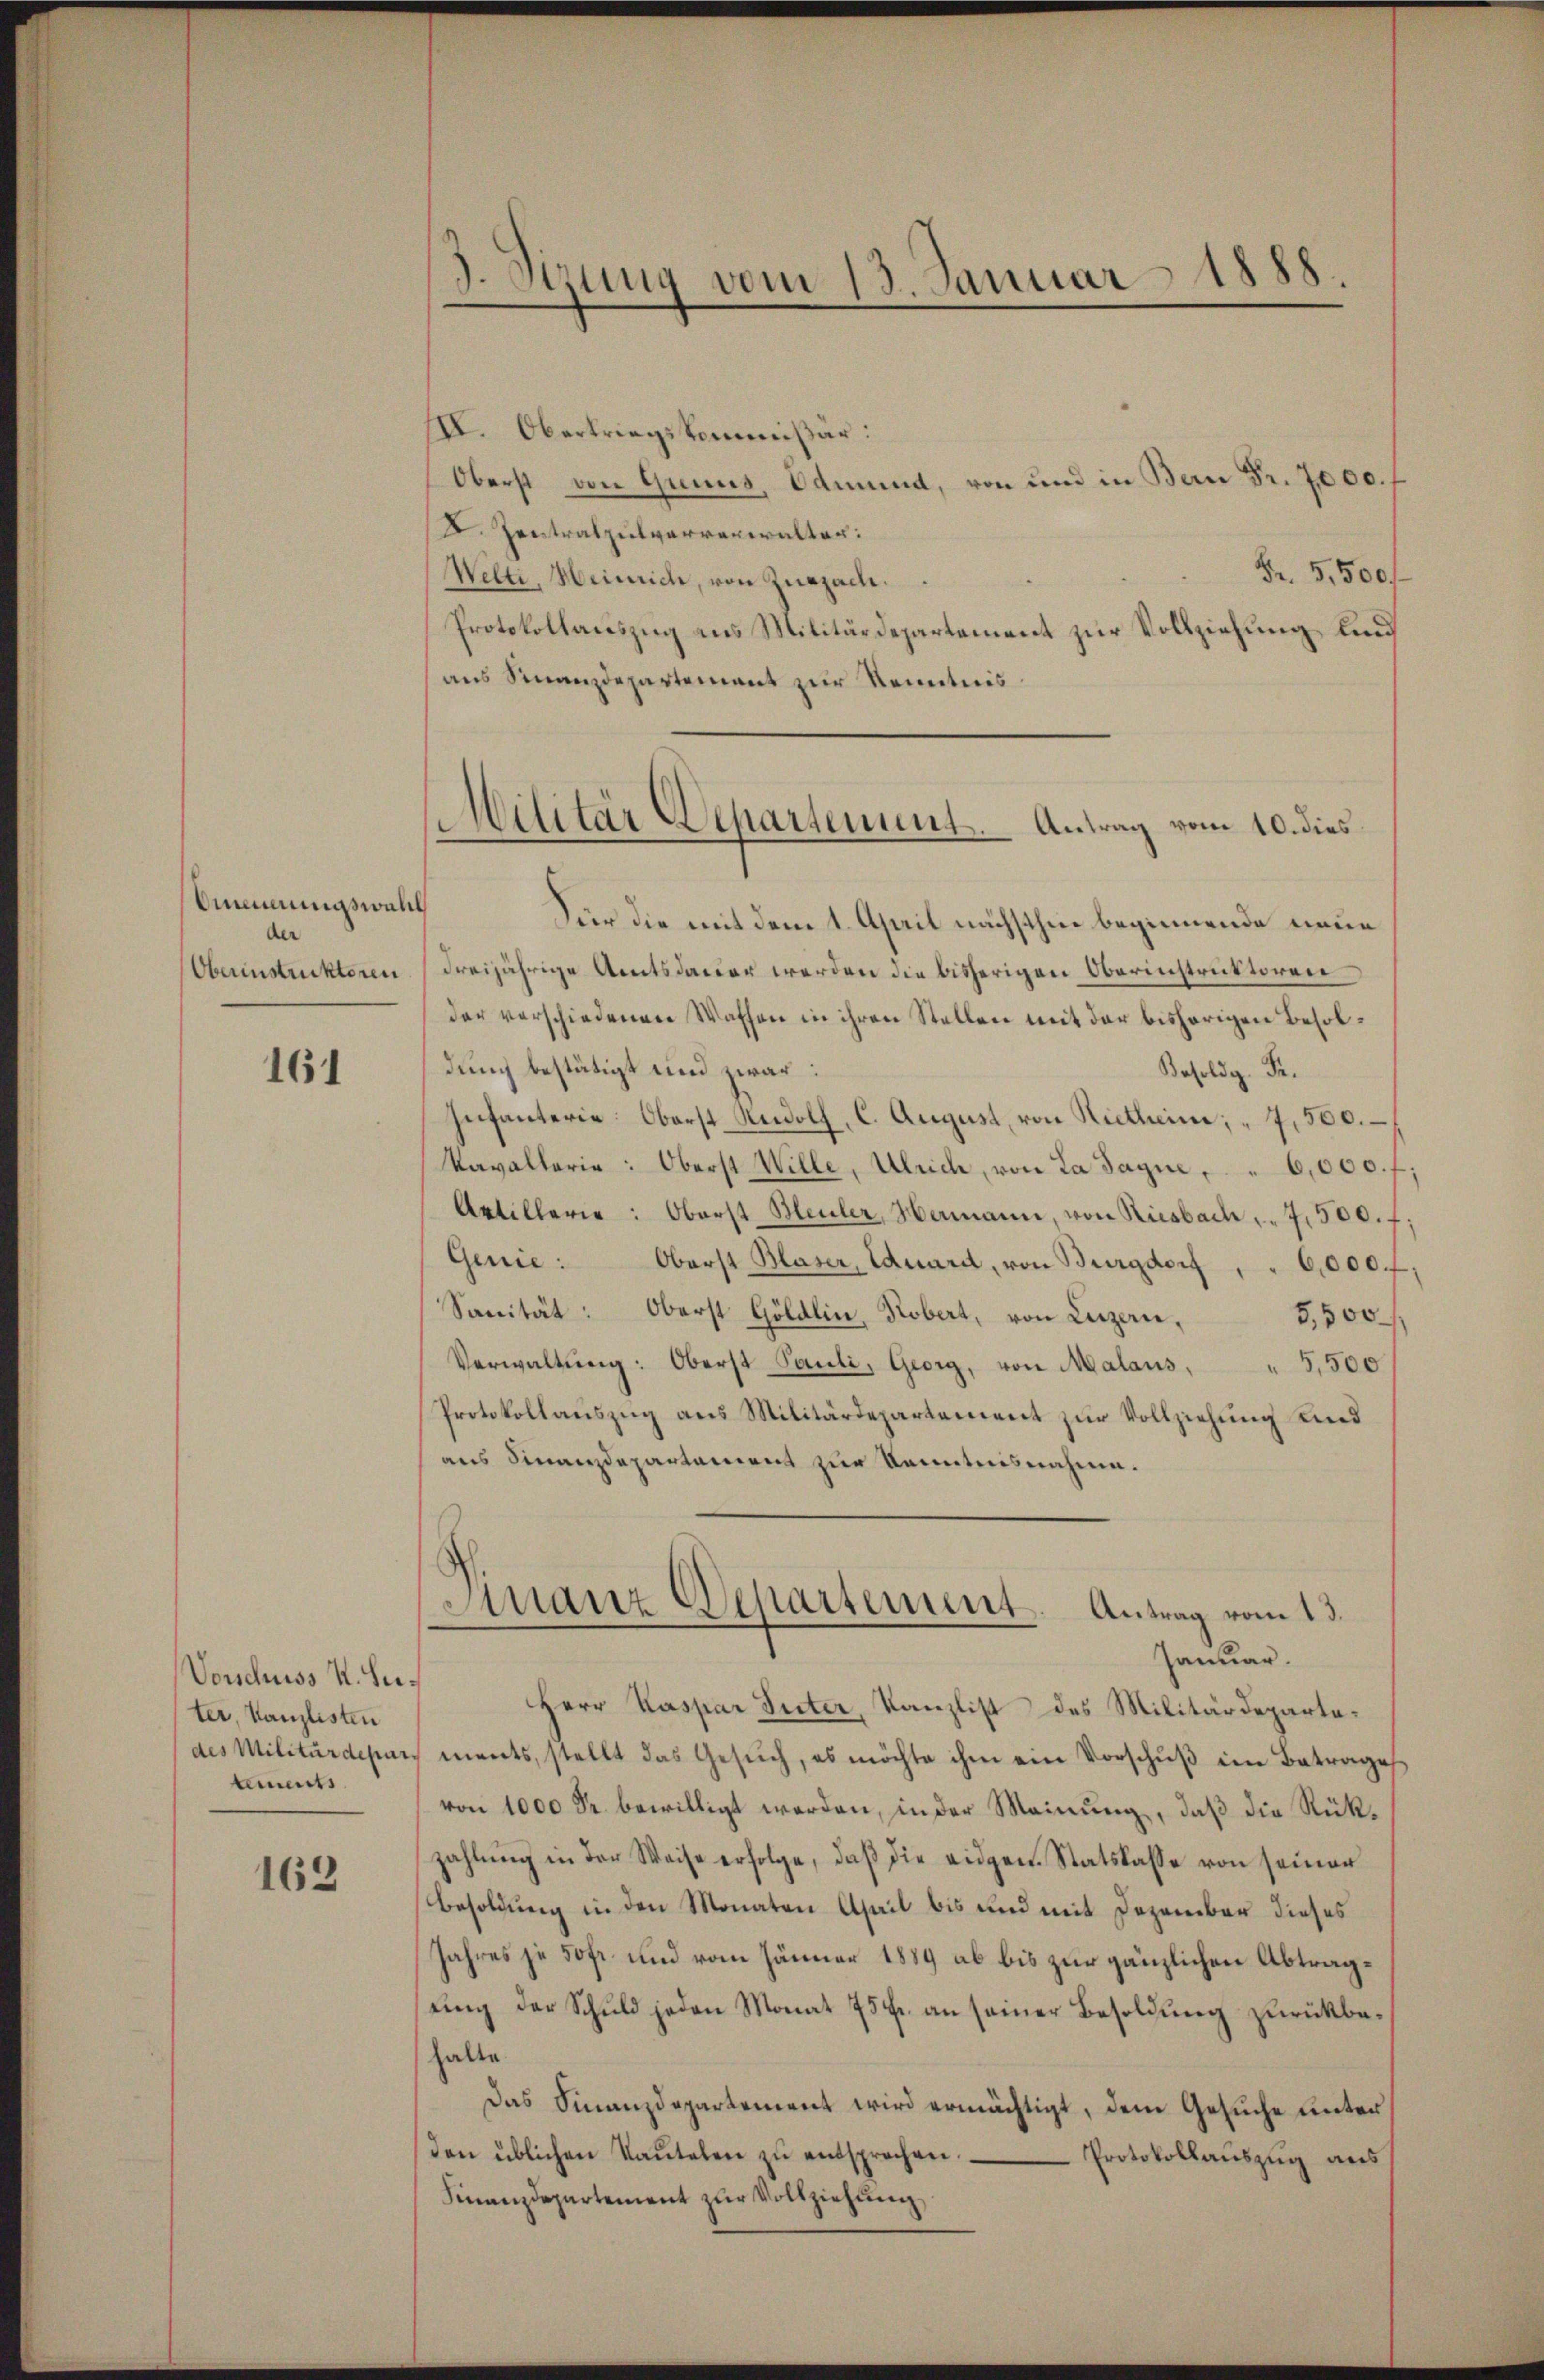
Ainungswahl
der
Oberinstruktoren

161

Vorschuss I. Seiter, Kanzlisten
tements

162

3. Sizung vom 13. Januar 1888.

IV. Obertriegskommißär:
Oberst von Gruns, Odmund, von und in Bern Fr. 7000.
X. Zentralpulververwalter:
Fr. 5,500/
Welti, Heinrich, von Zurzach.
Protokollauszug aus Militärdepartement zur Vollziehung und
aus Finanzdepartement zur Kenntnis
Für die mit dem 1. April nächsthin beginnende neue
dreijährige Amtsdauer werden die bisherigen Oberinstruktoren
der verschiedenen Waffen in ihren Stellen mit der bisherigen Besoldung bestätigt und zwar:
Besolde. Fr.
Infanterie Oberst Rudolf, C. August, von Rietheim; " 7,500.
kavallerie: Oberst Wille, Ulrich, von La Jagne 6,000. f
Artillerie: Oberst Heuler, Hermann, von Riesbach " " 7,500. f
Genie: Oberst Blaser, Eduard, von Burgdorf, " 6,000 f
Sanität: Oberst Göldlin, Robert, von Luzern,
5,500
Verwaltung: Oberst Pauli, Georg, von Malaus,
 5,500
Protokollauszug aus Militärdepartement zur Vollziehung Kind
aus Finanzdepartamens zur Kenntnisnahme.
Manz Departement. Antrag vom 13.
Januar.
Herr Kaspar Suter, Kanzlist des Militärdepartedes Militärdepart ments, stellt das Gesŭch, es möchte ihm ein Vorschŭβ im Betrages
von 1000 Fr. bewilligt werden, in der Meinung, daß die Rükzahlung in der Weise erfolge, daß die eidgen. Statskasse von seiner
Besoldung in den Monaten April bis und mit Dezember dieses
Jahres je 50fr. und vom Jänner 1889 ab bis zur gänzlichen Abtragsung der Schuld jeden Monat 75 fr. an seiner Besoldung zurückbahalte
Das Finanzdepartement wird ermächtigt, dem Gesuche unter
den üblichen Kaŭtelen zŭ entsprochen.
Protokollauszug aus
Finanzdepartement zur Vollziehung

Militär Departement. Antrag vom 10. dies